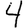
Digit: 4